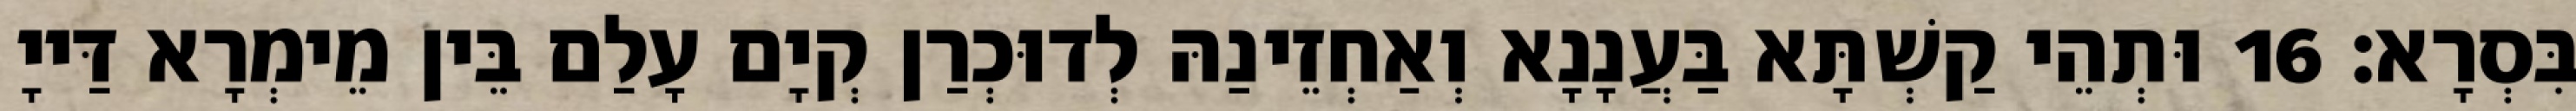
בִּסְרָא׃ 16 וּתְהֵי קַשְׁתָּא בַּעֲנָנָא וְאַחְזֵינַהּ לְדוּכְרַן קְיָם עָלַם בֵּין מֵימְרָא דַּייָ